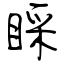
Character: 睬